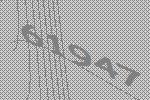
61947